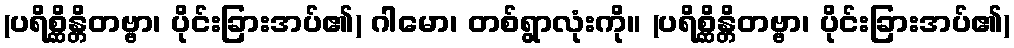
(ပရိစ္ဆိန္တိတဗ္ဗာ၊ ပိုင်းခြားအပ်၏) ဂါမော၊ တစ်ရွာလုံးကို။ (ပရိစ္ဆိန္တိတဗ္ဗာ၊ ပိုင်းခြားအပ်၏)